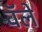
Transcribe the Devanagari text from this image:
वॅले